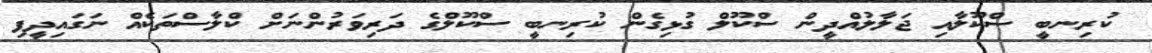
ކުރިނބީ ސްކޫލާއި ޖަލާލުއްދީން ސްކޫލް ގުޅިގެން ކުރިނބީ ސްކޫލްގެ ދަރިވަރުންނަށް ކްލާސްތަކެއް ނަގައިދީފި